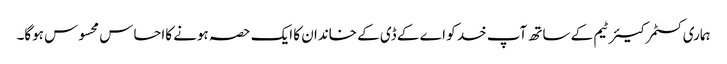
ہماری کسٹمر کیئر ٹیم کے ساتھ آپ خد کو اے کے ڈی کے خاندان کا ایک حصہ ہونے کااحساس محسوس ہوگا۔